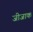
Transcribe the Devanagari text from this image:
जीजाक